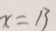
x = 1 3